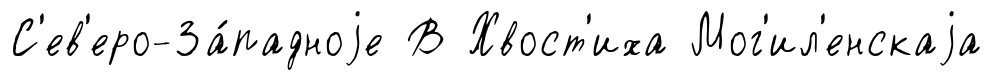
С'ев'еро-За́падноjе В Хвост'иха Мог'ил'енскаjа